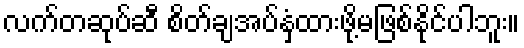
လက်တဆုပ်ဆီ စိတ်ချအပ်နှံထားဖို့မဖြစ်နိုင်ပါဘူး။